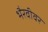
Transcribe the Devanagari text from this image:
भैरवीवर